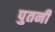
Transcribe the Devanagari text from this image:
पुतनी